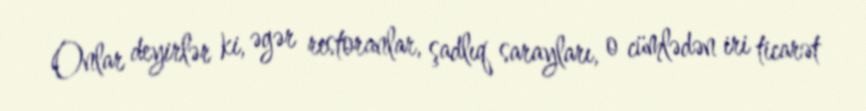
Onlar deyirlər ki, əgər restoranlar, şadlıq sarayları, o cümlədən iri ticarət